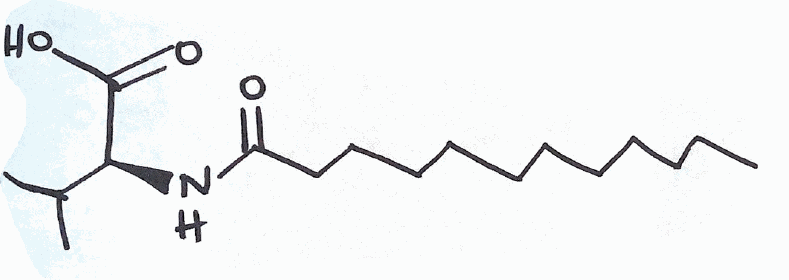
Simplified molecular-input line-entry system (SMILES) notation of the given molecule:
CCCCCCCCCCCC(=O)N[C@@H](C(C)C)C(=O)O